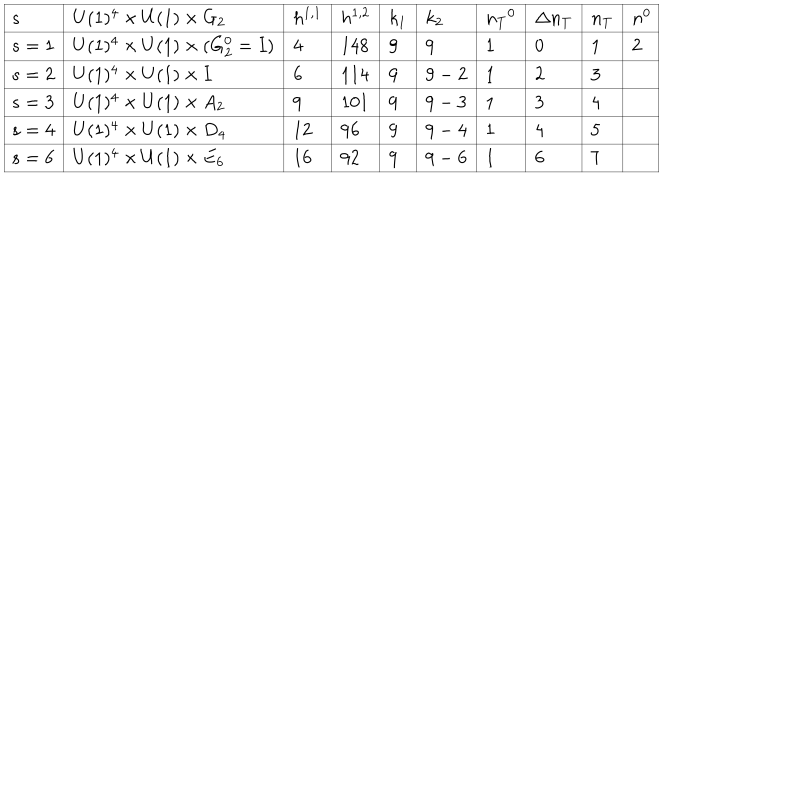
LaTeX: \begin{array} { | l | l | l | l | l | l | l | l | l | l | } \hline { { s } } & { { U ( 1 ) ^ { 4 } \times U ( 1 ) \times G _ { 2 } } } & { { h ^ { 1 , 1 } } } & { { h ^ { 1 , 2 } } } & { { k _ { 1 } } } & { { k _ { 2 } } } & { { { n _ { T } } ^ { 0 } } } & { { \Delta n _ { T } } } & { { n _ { T } } } & { { n ^ { 0 } } } \\ \hline { { s = 1 } } & { { U ( 1 ) ^ { 4 } \times U ( 1 ) \times ( G _ { 2 } ^ { 0 } = I ) } } & { { 4 } } & { { 1 4 8 } } & { { 9 } } & { { 9 } } & { { 1 } } & { { 0 } } & { { 1 } } & { { 2 } } \\ \hline { { s = 2 } } & { { U ( 1 ) ^ { 4 } \times U ( 1 ) \times I } } & { { 6 } } & { { 1 1 4 } } & { { 9 } } & { { 9 - 2 } } & { { 1 } } & { { 2 } } & { { 3 } } & { { } } \\ \hline { { s = 3 } } & { { U ( 1 ) ^ { 4 } \times U ( 1 ) \times A _ { 2 } } } & { { 9 } } & { { 1 0 1 } } & { { 9 } } & { { 9 - 3 } } & { { 1 } } & { { 3 } } & { { 4 } } & { { } } \\ \hline { { s = 4 } } & { { U ( 1 ) ^ { 4 } \times U ( 1 ) \times D _ { 4 } } } & { { 1 2 } } & { { 9 6 } } & { { 9 } } & { { 9 - 4 } } & { { 1 } } & { { 4 } } & { { 5 } } & { { } } \\ \hline { { s = 6 } } & { { U ( 1 ) ^ { 4 } \times U ( 1 ) \times E _ { 6 } } } & { { 1 6 } } & { { 9 2 } } & { { 9 } } & { { 9 - 6 } } & { { 1 } } & { { 6 } } & { { 7 } } & { { } } \\ \hline { { } } \\ \end{array}